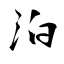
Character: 泊